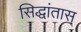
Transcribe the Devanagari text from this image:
सिद्धांतास